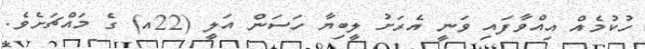
ހުކުމެއް އިއްވާފައި ވަނީ އެރަށު ލީބިޔާ ހަސަން އަލީ (22އ) ގެ މައްޗަށެވެ.